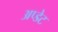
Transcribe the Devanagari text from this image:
अप्डेट